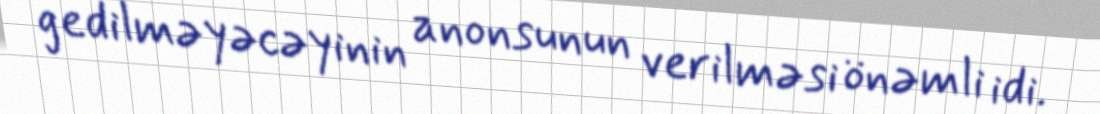
gedilməyəcəyinin anonsunun verilməsi önəmli idi.